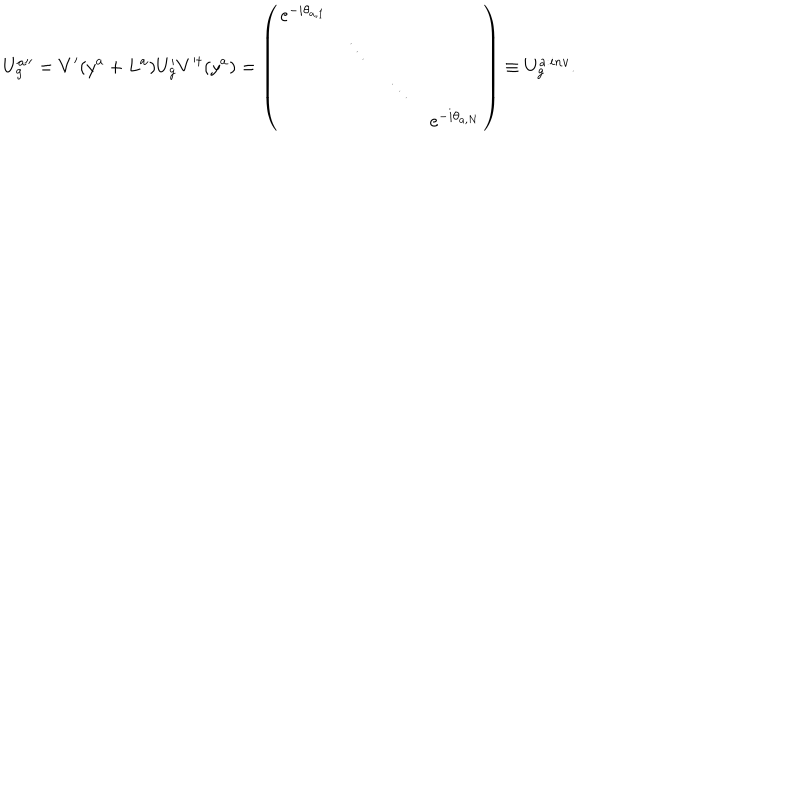
U _ { g } ^ { a \prime \prime } = V ^ { \prime } ( y ^ { a } + L ^ { a } ) U _ { g } ^ { \prime } V ^ { \prime \dagger } ( y ^ { a } ) = \left( \begin{array} { c c c c } { { \mathrm { e } ^ { - i \theta _ { a , 1 } } } } & { { } } & { { } } & { { } } \\ { { } } & { { \ddots } } & { { } } & { { } } \\ { { } } & { { } } & { { \ddots } } & { { } } \\ { { } } & { { } } & { { } } & { { \mathrm { e } ^ { - i \theta _ { a , N } } } } \\ \end{array} \right) \equiv U _ { g } ^ { a : i n v } .